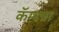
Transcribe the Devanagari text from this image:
कॅम्पचा